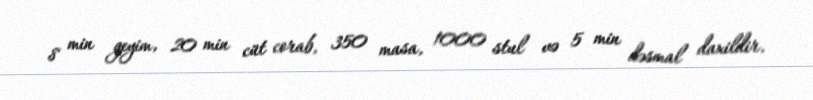
8 min geyim, 20 min cüt corab, 350 masa, 1000 stul və 5 min dəsmal daxildir.